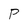
Character: P